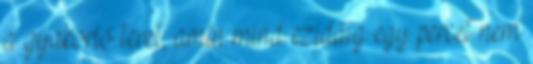
a gyakorló teret, amin mind ezidáig egy percet nem